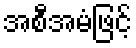
အစီအမံဖြင့်